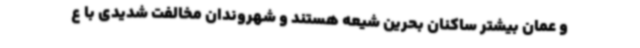
و عمان بیشتر ساکنان بحرین شیعه هستند و شهروندان مخالفت شدیدی با ع